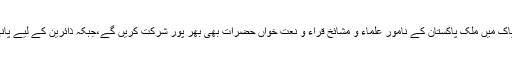
صاحبزادہ پیر محمد رفیق احمد مجددی کا کہنا تھا عرس پاک میں ملک پاکستان کے نامور علماء و مشائخ قراء و نعت خواں حضرات بھی بھر پور شرکت کریں گے،جبکہ ذائرین کے لیے پانی و دودھ کی سبیلوں سمیت لنگر کا بھی وسیع انتظام ہوگا۔